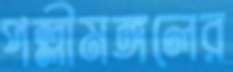
পল্লীমঙ্গলের